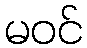
မဝင်